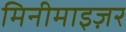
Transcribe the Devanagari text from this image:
मिनीमाइज़र